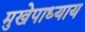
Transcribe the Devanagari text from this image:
मुखेपाध्याय